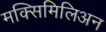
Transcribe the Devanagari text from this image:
मक्सिमिलिअन